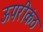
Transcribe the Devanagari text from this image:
ऊपरीकंठ